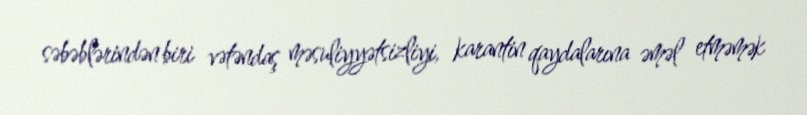
səbəblərindən biri vətəndaş məsuliyyətsizliyi, karantin qaydalarına əməl etməmək